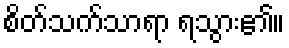
စိတ်သက်သာရာ ရသွား၏။